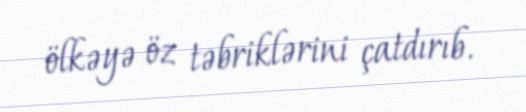
ölkəyə öz təbriklərini çatdırıb.